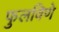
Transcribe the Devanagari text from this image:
फुलविणे